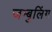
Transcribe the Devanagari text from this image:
जम्बुलिंग